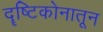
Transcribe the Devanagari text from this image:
दॄष्टिकोनातून